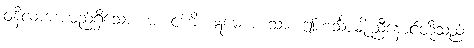
ဝနီလကအမည်ရှိသော။ မံ၊ ငါကို။ ဣမေ ဟံသာ၊ ဤဟင်္သာမျိုးညီနောင်တို့သည်။